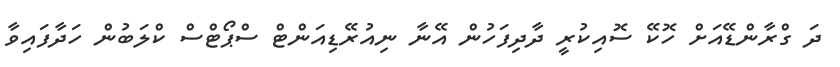
ދަ ގްރާންޑޭއަށް ހޮކޭ ސޮއިކުރީ ދާދިފަހުން އޭނާ ނިއުރޭޑިއަންޓް ސްޕޯޓްސް ކްލަބުން ހަދާފައިވާ